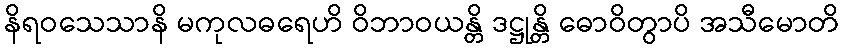
နိရဝသေသာနိ မကုလဓရေဟိ ဝိဘာဝယန္တိ ဒဋ္ဌုန္တိ ဓောဝိတွာပိ အသီမောတိ